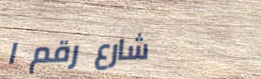
شارع رقم ١